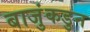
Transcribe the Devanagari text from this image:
बाजुंकडुन